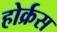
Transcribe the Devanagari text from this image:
होर्क्रस